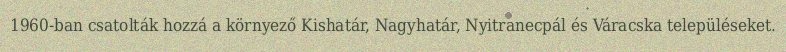
1960-ban csatolták hozzá a környező Kishatár, Nagyhatár, Nyitranecpál és Váracska településeket.